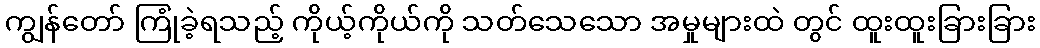
ကျွန်တော် ကြုံခဲ့ရသည့် ကိုယ့်ကိုယ်ကို သတ်သေသော အမှုများထဲ တွင် ထူးထူးခြားခြား